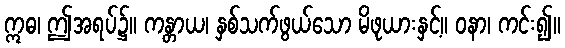
ဣဓ၊ ဤအရပ်၌။ ကန္တာယ၊ နှစ်သက်ဖွယ်သော မိဖုယားနှင့်။ ဝနာ၊ ကင်း၍။